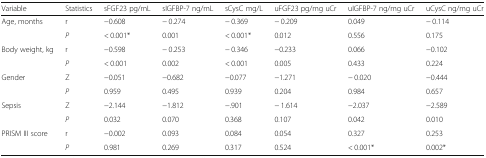
<table><thead><tr><td><b>Variable</b></td><td><b>Statistics</b></td><td><b>sFGF23 pg/mL</b></td><td><b>sIGFBP-7 ng/mL</b></td><td><b>sCysC mg/L</b></td><td><b>uFGF23 pg/mg uCr</b></td><td><b>uIGFBP-7 ng/mg uCr</b></td><td><b>uCysC ng/mg uCr</b></td></tr></thead><tbody><tr><td rowspan="2">Age, months</td><td>r</td><td>−0.608</td><td>− 0.274</td><td>− 0.369</td><td>− 0.209</td><td>0.049</td><td>− 0.114</td></tr><tr><td><i>P</i></td><td>&lt; 0.001*</td><td>0.001</td><td>&lt; 0.001*</td><td>0.012</td><td>0.556</td><td>0.175</td></tr><tr><td rowspan="2">Body weight, kg</td><td>r</td><td>−0.598</td><td>− 0.253</td><td>− 0.346</td><td>−0.233</td><td>0.066</td><td>−0.102</td></tr><tr><td><i>P</i></td><td>&lt; 0.001</td><td>0.002</td><td>&lt; 0.001</td><td>0.005</td><td>0.433</td><td>0.224</td></tr><tr><td rowspan="2">Gender</td><td>Z</td><td>−0.051</td><td>−0.682</td><td>−0.077</td><td>−1.271</td><td>− 0.020</td><td>−0.444</td></tr><tr><td><i>P</i></td><td>0.959</td><td>0.495</td><td>0.939</td><td>0.204</td><td>0.984</td><td>0.657</td></tr><tr><td rowspan="2">Sepsis</td><td>Z</td><td>−2.144</td><td>−1.812</td><td>−.901</td><td>− 1.614</td><td>−2.037</td><td>−2.589</td></tr><tr><td><i>P</i></td><td>0.032</td><td>0.070</td><td>0.368</td><td>0.107</td><td>0.042</td><td>0.010</td></tr><tr><td rowspan="2">PRISM III score</td><td>r</td><td>−0.002</td><td>0.093</td><td>0.084</td><td>0.054</td><td>0.327</td><td>0.253</td></tr><tr><td><i>P</i></td><td>0.981</td><td>0.269</td><td>0.317</td><td>0.524</td><td>&lt; 0.001*</td><td>0.002*</td></tr></tbody></table>